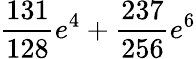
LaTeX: \frac{131}{128}e^{4}+\frac{237}{256}e^{6}